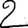
Digit: 2